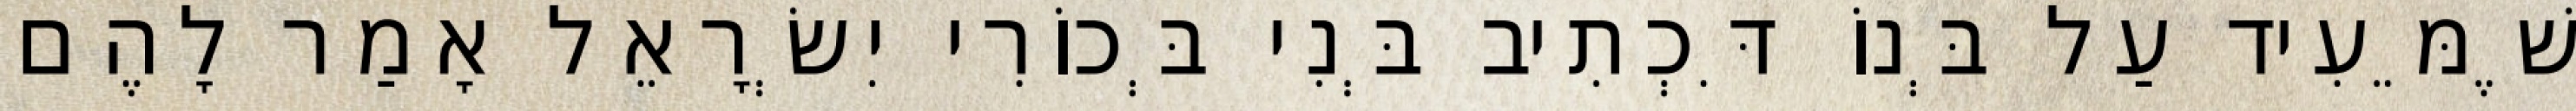
שֶׁמֵּעִיד עַל בְּנוֹ דִּכְתִיב בְּנִי בְּכוֹרִי יִשְׂרָאֵל אָמַר לָהֶם